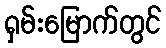
ရှမ်းမြောက်တွင်